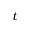
{ \bf \Phi } _ { t }